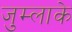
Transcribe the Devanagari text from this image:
जुम्लाके